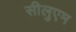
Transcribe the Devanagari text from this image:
सीलुएम